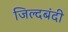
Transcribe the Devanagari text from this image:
जिल्दबंदी